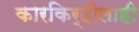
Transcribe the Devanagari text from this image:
कारकिर्दीलाही